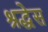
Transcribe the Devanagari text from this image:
श्रद्धेस